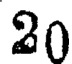
20